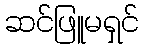
ဆင်ဖြူမရှင်